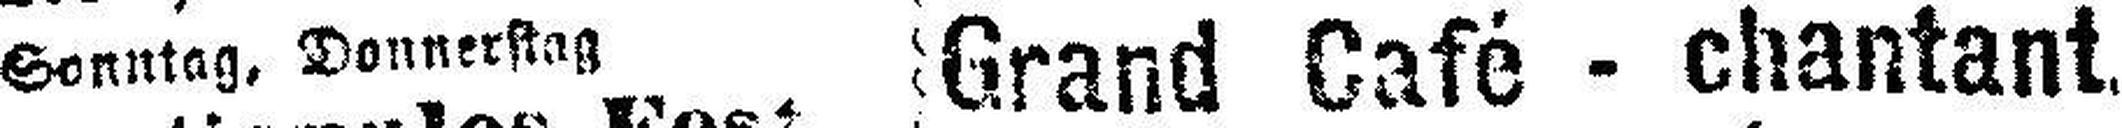
Sonntag. Donnerstag